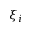
\xi _ { i }